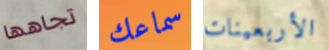
تجاهها سماعك الأربعينات